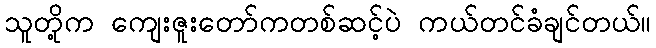
သူတို့က ကျေးဇူးတော်ကတစ်ဆင့်ပဲ ကယ်တင်ခံချင်တယ်။